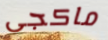
ماكجى